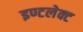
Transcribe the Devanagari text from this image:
इण्टलेक्ट